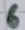
Text: 6